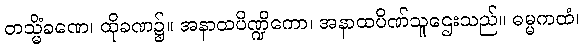
တသ္မိံခဏေ၊ ထိုခဏ၌။ အနာထပိဏ္ဍိကော၊ အနာထပိဏ်သူဌေးသည်။ ဓမ္မကထံ၊